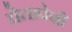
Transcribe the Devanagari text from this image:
चेतापेशीं